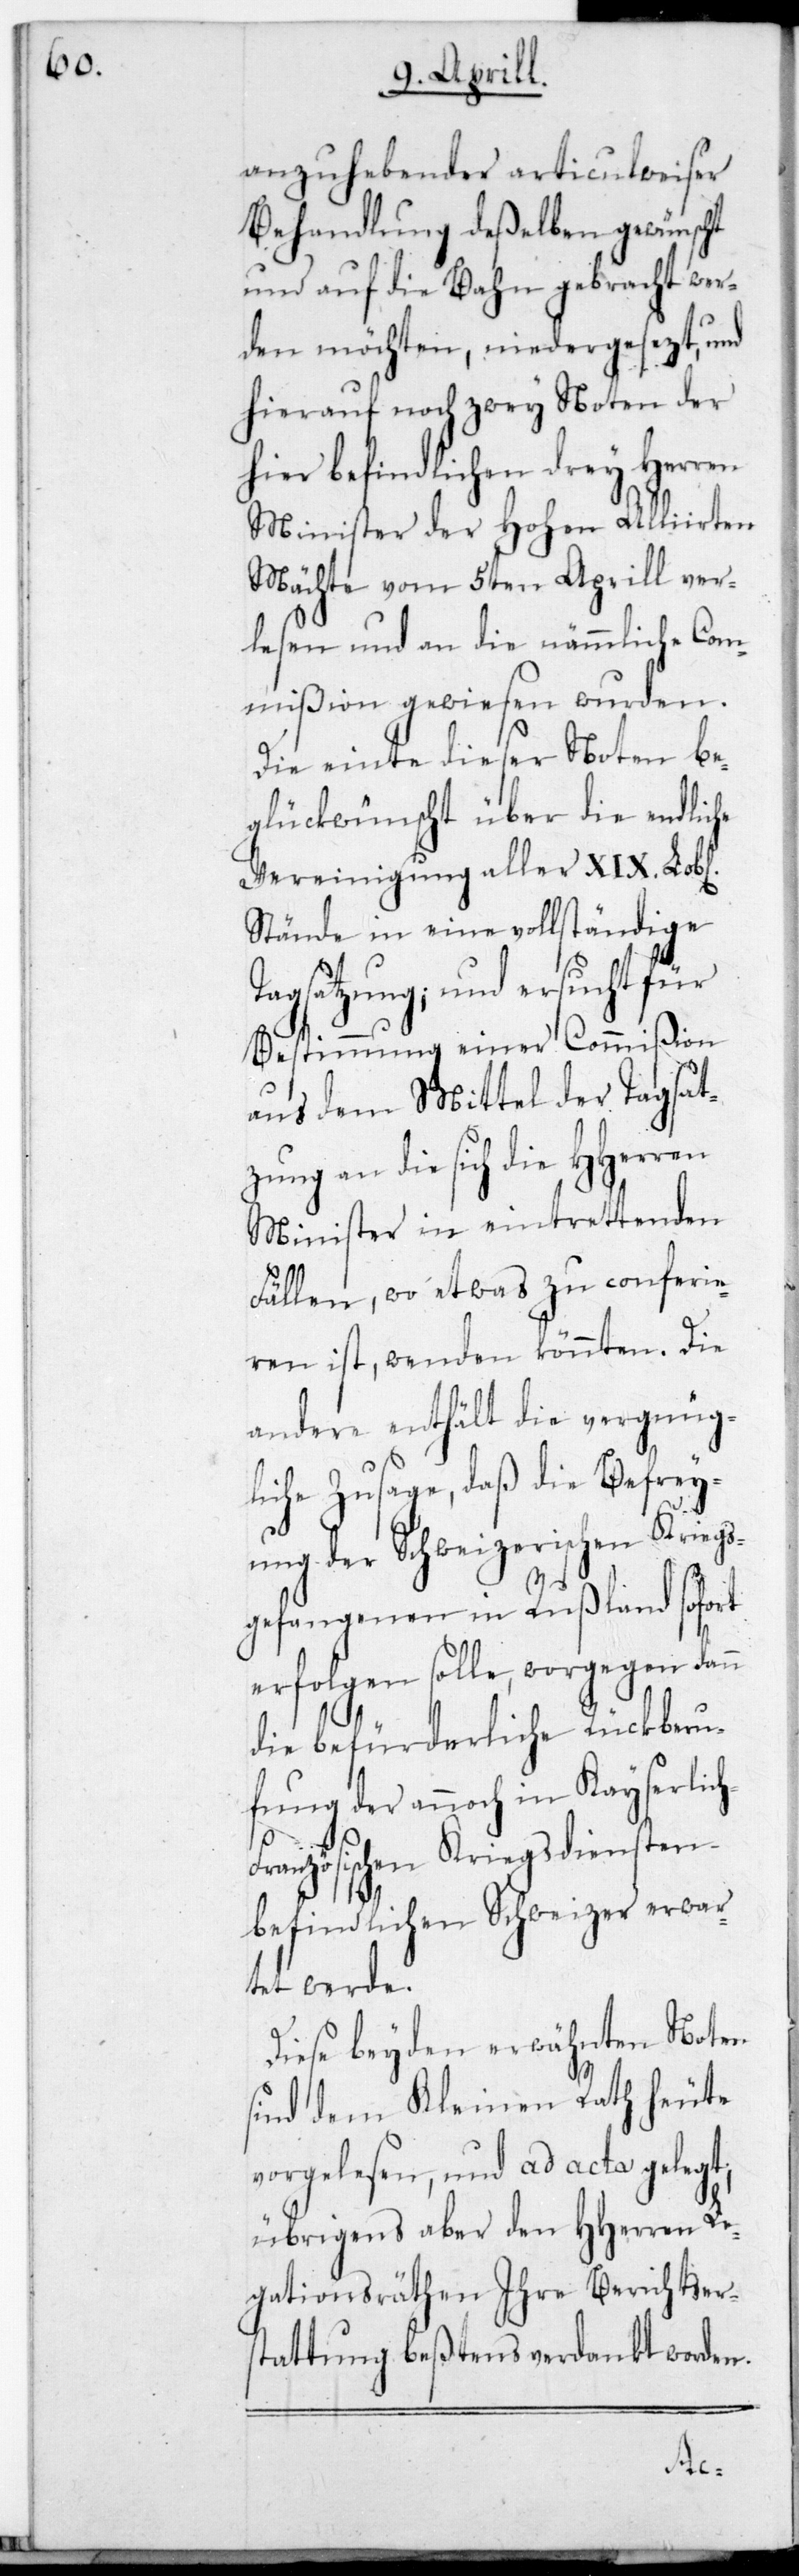
anzuhebender articulweiser
Behandlung deßelben gewünscht
und auf die Bahn gebracht wer¬
den möchten, niedergesezt und
hierauf noch zwey Noten der
hier befindlichen drey Herren
Minister der Hohen Alliirten
Mächte vom 5ten Aprill ver¬
lesen und an die nämmliche Com¬
mißion gewiesen wurden.
Die einte dieser Noten be¬
glückwünscht über die endliche
Vereinigung aller XIX. Lobl.
Stände in eine vollständige
Tagsatzung, und ersucht für
Bestimmung einer Commißion
aus dem Mittel der Tagsat¬
zung an die sich die HHerren
Minister in eintrettenden
Fällen, wo etwas zu conferie¬
ren ist, wenden könnten. Die
andere enthält die vergnüg¬
liche Zusage, daß die Befrei¬
ung der Schweizerischen Kriegs¬
gefangenen in Rußland sofort
erfolgen solle, worgegen dann
die befürderliche Rückberu¬
fung der annoch in Kayserlic¬
ranzösischen Kriegsdiensten
befindlichen Schweizer erwar¬
tet werde.
Diese beyden erwähnten Noten
sind dem Kleinen Rath heute
vorgelesen und ad acta gelegt,
übrigens aber den HHerren Le¬
gtionsräthen ihre Berichtsers¬
tattung beßtens verdankt worden.
h-F¬